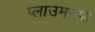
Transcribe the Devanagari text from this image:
प्लाउमनफ़